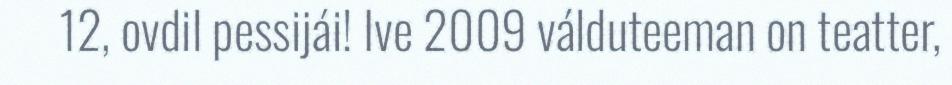
12, ovdil pessijái! Ive 2009 válduteeman on teatter,